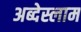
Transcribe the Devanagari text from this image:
अब्देस्लाम